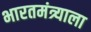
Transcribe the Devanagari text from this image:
भारतमंत्र्याला